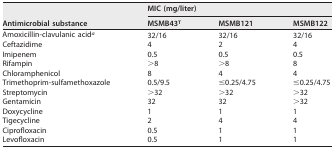
<table><thead><tr><td rowspan="2"><b>Antimicrobial substance</b></td><td colspan="3"><b>MIC (mg/liter)</b></td></tr><tr><td><b>MSMB43<sup>T</sup></b></td><td><b>MSMB121</b></td><td><b>MSMB122</b></td></tr></thead><tbody><tr><td>Amoxicillin-clavulanic acid<sup><i>a</i></sup></td><td>32/16</td><td>32/16</td><td>32/16</td></tr><tr><td>Ceftazidime</td><td>4</td><td>2</td><td>4</td></tr><tr><td>Imipenem</td><td>0.5</td><td>0.5</td><td>0.5</td></tr><tr><td>Rifampin</td><td>&gt;8</td><td>&gt;8</td><td>8</td></tr><tr><td>Chloramphenicol</td><td>8</td><td>4</td><td>4</td></tr><tr><td>Trimethoprim-sulfamethoxazole</td><td>0.5/9.5</td><td>≤0.25/4.75</td><td>≤0.25/4.75</td></tr><tr><td>Streptomycin</td><td>&gt;32</td><td>&gt;32</td><td>&gt;32</td></tr><tr><td>Gentamicin</td><td>32</td><td>32</td><td>&gt;32</td></tr><tr><td>Doxycycline</td><td>1</td><td>1</td><td>1</td></tr><tr><td>Tigecycline</td><td>2</td><td>4</td><td>4</td></tr><tr><td>Ciprofloxacin</td><td>0.5</td><td>1</td><td>1</td></tr><tr><td>Levofloxacin</td><td>0.5</td><td>1</td><td>1</td></tr></tbody></table>